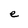
Character: e